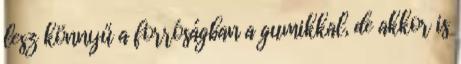
lesz könnyű a forróságban a gumikkal, de akkor is